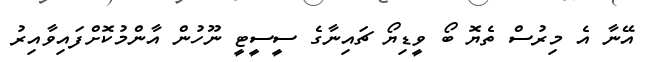
އޭނާ އެ މިރުސް ތެޔޮ ބޯ ވީޑިޔޯ ޗައިނާގެ ސީސީޓީ ނޫހުން އާންމުކޮށްފައިވާއިރު